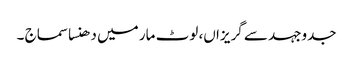
جدوجہد سے گریزاں، لوٹ مار میں دھنسا سماج ۔